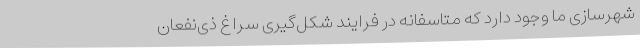
شهرسازی ما وجود دارد که متاسفانه در فرایند شکل‌گیری سراغ ذی‌نفعان